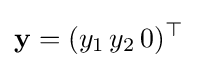
\mathbf {y} =(y_{1}\,y_{2}\,0)^{\top }